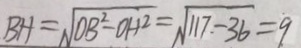
B H = \sqrt { O B ^ { 2 } - O H ^ { 2 } } = \sqrt { 1 7 7 - 3 6 } = 9